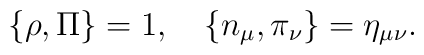
\{\rho,\Pi\}=1,\quad\{n_{\mu},\pi_{\nu}\}=\eta_{\mu\nu}.